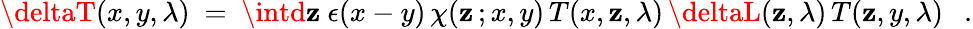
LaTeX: \deltaT(x,y,\lambda)~=~\intd\mathbf{z}~\epsilon(x-y)\, \chi(\mathbf{z}\, ;x,y)\, T(x,\mathbf{z},\lambda)\, \deltaL(\mathbf{z},\lambda)\, T(\mathbf{z},y,\lambda)~~~.